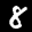
Label: 8